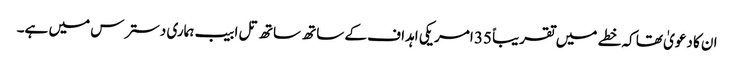
ان کا دعویٰ تھا کہ خطے میں تقریباً 35 امریکی اہداف کے ساتھ ساتھ تل ابیب ہماری دسترس میں ہے۔